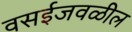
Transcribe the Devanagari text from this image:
वसईजवळील